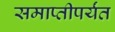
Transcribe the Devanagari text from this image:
समाप्‍तीपर्यंत